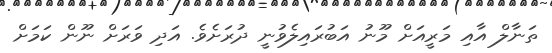
ތަނާލް އާއި މަރީއަށް މޫނު އަބުރައިލެވުނީ ދުރަށެވެ. އަދި ވަރަށް ނޫން ކަމަށް